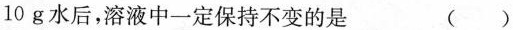
10g水后，溶液中一定保持不变的是()